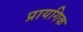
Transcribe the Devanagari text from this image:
प्रायगिक